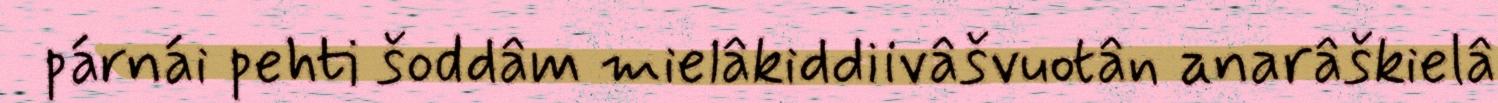
párnái pehti šoddâm mielâkiddiivâšvuotân anarâškielâ